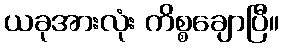
ယခုအားလုံး ကိစ္စချောပြီ။